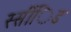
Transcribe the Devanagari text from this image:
स्सींिड